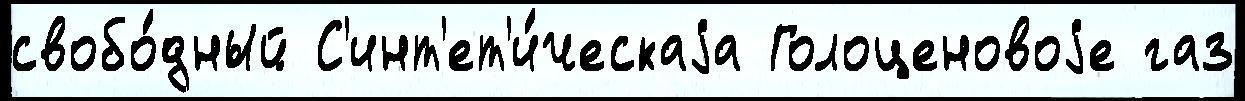
свобо́дный С'инт'ет'и́ческаjа Голоценовоjе газ